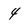
Character: 4